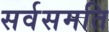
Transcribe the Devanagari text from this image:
सर्वसमति